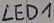
Text: LED